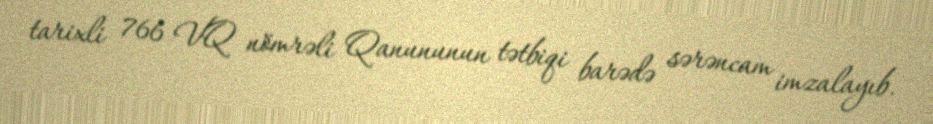
tarixli 766 VQ nömrəli Qanununun tətbiqi barədə sərəncam imzalayıb.